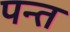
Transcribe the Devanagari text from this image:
पन्‍त